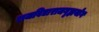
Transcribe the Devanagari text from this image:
राजविद्याराजगृह्ययोग